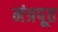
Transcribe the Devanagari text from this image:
मंत्रपूत